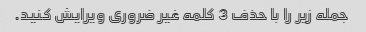
جمله زیر را با حذف 3 کلمه غیر ضروری ویرایش کنید.